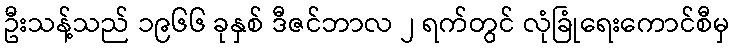
ဦးသန့်သည် ၁၉၆၆ ခုနှစ် ဒီဇင်ဘာလ ၂ ရက်တွင် လုံခြုံရေးကောင်စီမှ